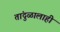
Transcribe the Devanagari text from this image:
तांदुळालाही